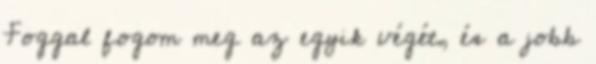
Foggal fogom meg az egyik végét, és a jobb